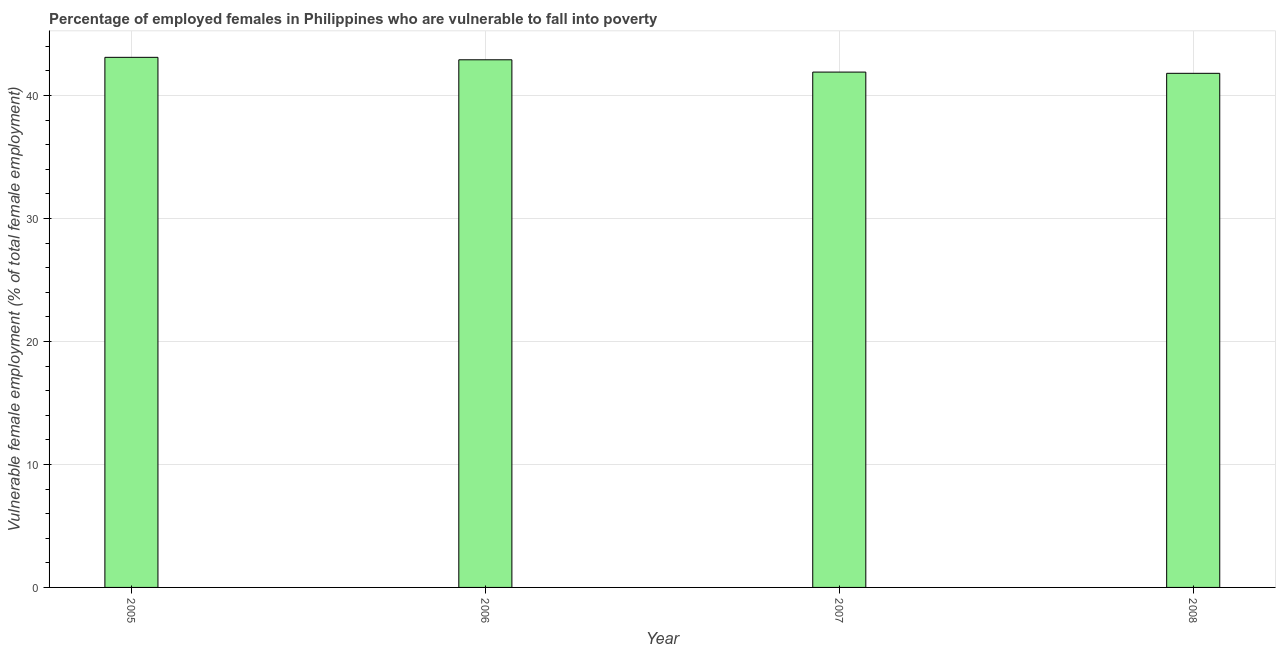
| Year | Percentage of employed females who are vulnerable to fall into poverty |
 | --- | --- |
 | 2005 | 43.1 |
 | 2006 | 42.9 |
 | 2007 | 41.9 |
 | 2008 | 41.8 |